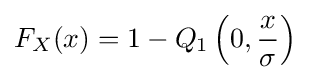
F_{X}(x)=1-Q_{1}\left(0,{\frac {x}{\sigma }}\right)